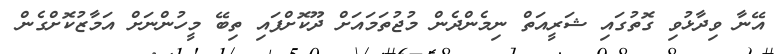
އޭނާ ވިދާޅުވި ގޮތުގައި ޝަރީއަތް ނިމެންދެން މުޖުތަމައަށް ދޫކޮށްފައި ތިބޭ މީހުންނަށް އަމާޒުކޮށްގެން